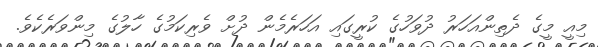
މިއީ މީގެ ދެތިންއަހަރު ދުވަހުގެ ކުރީގައި އަހަރެމެން ދުށް ވެރިކަމުގެ ހާލުގެ މިންވަރެކެވެ.